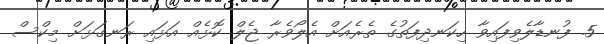
5. ފުނޑާލެވިފައިވާ ހިކަނދިފަތުގެ ތެރެއަށް އެލޯވެރާ ޖެލް ކޮޅެއް އަޅައި ރަނގަޅަށް މިކްސް